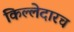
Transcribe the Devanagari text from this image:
किल्लेदारच